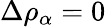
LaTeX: \Delta\rho_{\alpha}=0